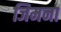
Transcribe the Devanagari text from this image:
जिमना